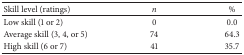
<table><thead><tr><td><b>Skill level (ratings)</b></td><td><b><i>n</i></b></td><td><b>%</b></td></tr></thead><tbody><tr><td>Low skill (1 or 2)</td><td>0</td><td>0.0</td></tr><tr><td>Average skill (3, 4, or 5)</td><td>74</td><td>64.3</td></tr><tr><td>High skill (6 or 7)</td><td>41</td><td>35.7</td></tr></tbody></table>